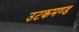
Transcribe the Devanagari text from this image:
उटकमण्ड